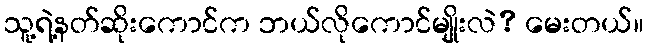
သူ့ရဲ့နတ်ဆိုးကောင်က ဘယ်လိုကောင်မျိုးလဲ? မေးတယ်။